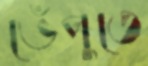
ভেঁপুতে